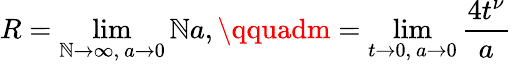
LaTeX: R=\operatorname*{lim}_{\mathbb{N}\to\infty,\ a\to0}\mathbb{N}a,\qquadm=\operatorname*{lim}_{t\to0,\ a\to0}\frac{{4t^{\nu}}}{{a}}